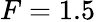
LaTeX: F=1.5